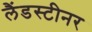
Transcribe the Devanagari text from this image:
लैंडस्टीनर